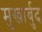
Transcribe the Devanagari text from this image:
मुखार्बुद